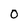
Character: O